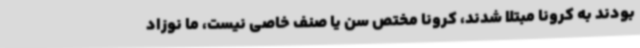
بودند به کرونا مبتلا شدند، کرونا مختص سن یا صنف خاصی نیست، ما نوزاد